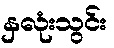
နှလုံးသွင်း